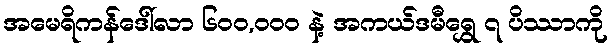
အမေရိကန်ဒေါ်လာ ၆၀၀,၀၀၀ နဲ့ အကယ်ဒမီရွှေ ၇ ပိဿာကို